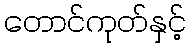
တောင်ကုတ်နှင့်